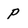
Character: P